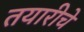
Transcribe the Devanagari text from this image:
तयारीचे